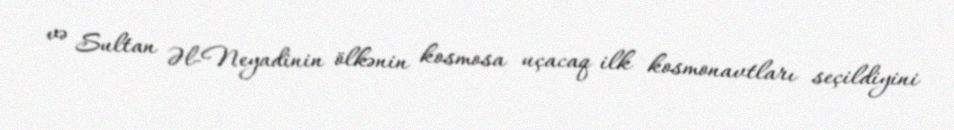
və Sultan Əl-Neyadinin ölkənin kosmosa uçacaq ilk kosmonavtları seçildiyini